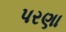
પરણા